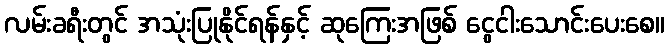
လမ်းခရီးတွင် အသုံးပြုနိုင်ရန်နှင့် ဆုကြေးအဖြစ် ငွေငါးသောင်းပေးစေ။